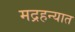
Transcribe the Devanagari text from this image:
मद्रहन्यात